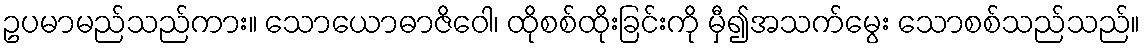
ဥပမာမည်သည်ကား။ သောယောဓာဇိဝေါ၊ ထိုစစ်ထိုးခြင်းကို မှီ၍အသက်မွေး သောစစ်သည်သည်။